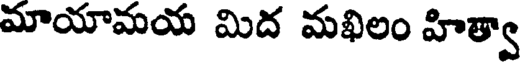
మాయామయ మిద మఖిలం హిత్వా